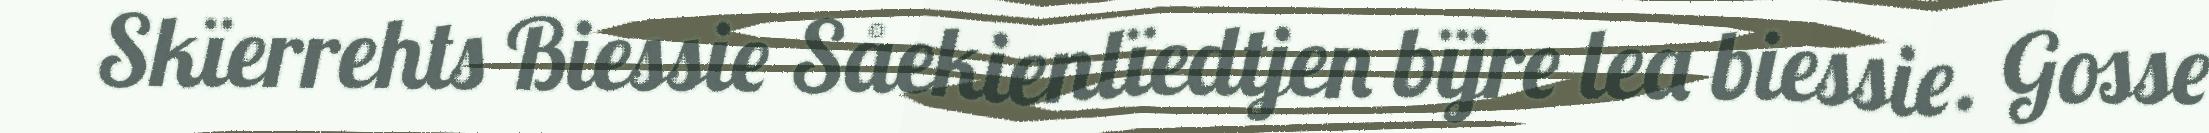
Skïerrehts Biessie Såekienlïedtjen bïjre lea biessie. Gosse